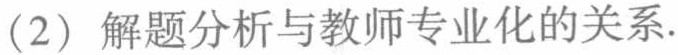
（2）解题分析与教师专业化的关系.